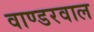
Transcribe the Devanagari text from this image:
वाण्डरवाल